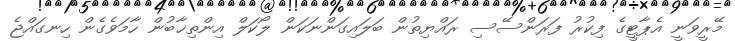
މޭރީވަނީ އެޕާޓީގެ ފިކުރު ފަރަންސޭސި ރައްޔިތުން ބަލައިގަންނަކަން ލޯކަލް އިންތިޚާބުން ހާމަވެގެން ހިނގައްޖެ